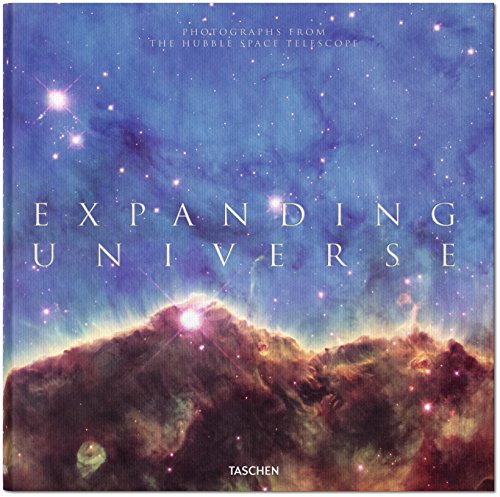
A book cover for Expanding Universe: Photographs from the Hubble Space Telescope; Science & Math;